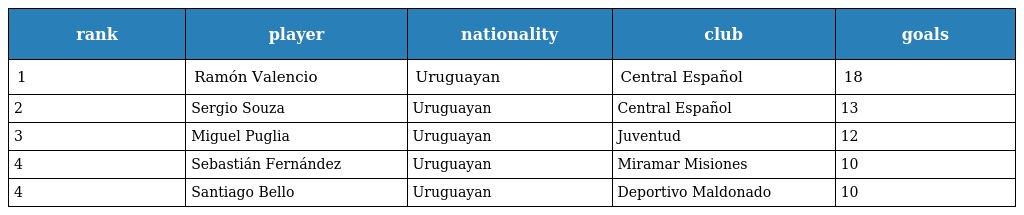
| rank | player | nationality | club | goals |
 | --- | --- | --- | --- | --- |
 | 1 | Ramón Valencio | Uruguayan | Central Español | 18 |
 | 2 | Sergio Souza | Uruguayan | Central Español | 13 |
 | 3 | Miguel Puglia | Uruguayan | Juventud | 12 |
 | 4 | Sebastián Fernández | Uruguayan | Miramar Misiones | 10 |
 | 4 | Santiago Bello | Uruguayan | Deportivo Maldonado | 10 |